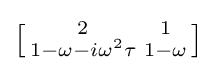
\left[{\begin{smallmatrix}2&1\\1-\omega -i\omega ^{2}\tau &1-\omega \end{smallmatrix}}\right]